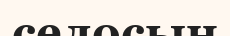
селосын